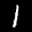
Label: 1